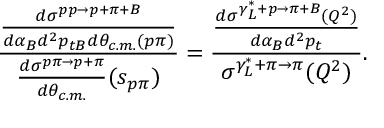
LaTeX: { \frac { \frac { d \sigma ^ { p p \to p + \pi + B } } { d \alpha _ { B } d ^ { 2 } p _ { t B } d \theta _ { c . m . } ( p \pi ) } } { { \frac { d \sigma ^ { p \pi \to p + \pi } } { d \theta _ { c . m . } } } ( s _ { p \pi } ) } } = { \frac { \frac { d \sigma ^ { \gamma _ { L } ^ { * } + p \to \pi + B } ( Q ^ { 2 } ) } { d \alpha _ { B } d ^ { 2 } p _ { t } } } { \sigma ^ { \gamma _ { L } ^ { * } + \pi \to \pi } ( Q ^ { 2 } ) } } .